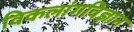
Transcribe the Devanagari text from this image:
विकलांगविज्ञान